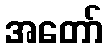
အတော်